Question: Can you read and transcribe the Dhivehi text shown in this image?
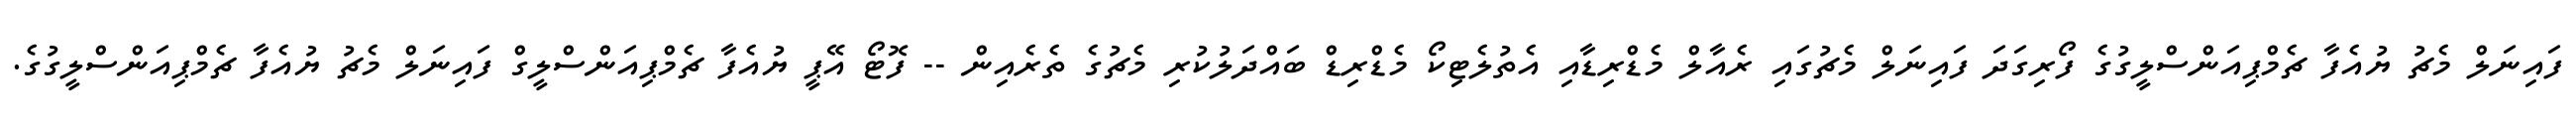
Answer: ފައިނަލް މެޗު ޔުއެފާ ޗެމްޕިއަންސްލީގުގެ ފޯރިގަދަ ފައިނަލް މެޗުގައި ރެއާލް މެޑްރިޑާއި އެތުލެޓިކޯ މެޑްރިޑް ބައްދަލުކުރި މެޗުގެ ތެރެއިން -- ފޮޓޯ އޭޕީ ޔުއެފާ ޗެމްޕިއަންސްލީގް ފައިނަލް މެޗު ޔުއެފާ ޗެމްޕިއަންސްލީގުގެ.